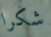
شكرا